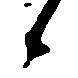
候